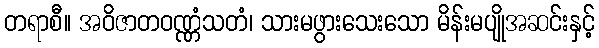
တရာစီ။ အဝိဇာတဝဏ္ဏံသတံ၊ သားမဖွားသေးသော မိန်းမပျိုအဆင်းနှင့်